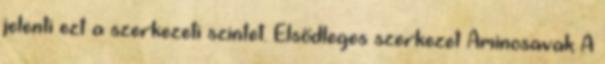
jelenti ezt a szerkezeti szintet. Elsődleges szerkezet Aminosavak A